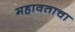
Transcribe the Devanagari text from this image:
महावताचा